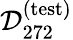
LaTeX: \mathcal{D}_{272}^{\mathrm{(test)}}